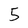
Character: 5